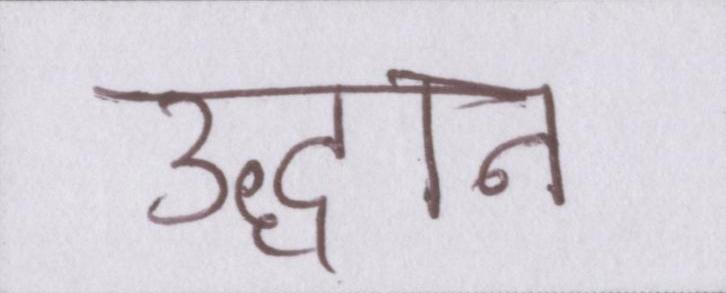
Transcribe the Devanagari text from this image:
उद्धान